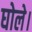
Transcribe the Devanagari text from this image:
घोले।